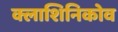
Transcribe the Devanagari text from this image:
क्लाशिनिकोव